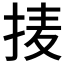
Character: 𱟹